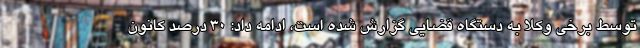
توسط برخی وکلا به دستگاه قضایی گزارش شده است، ادامه داد: ۳۰ درصد کانون